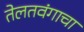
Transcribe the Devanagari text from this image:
तेलतवंगाचा